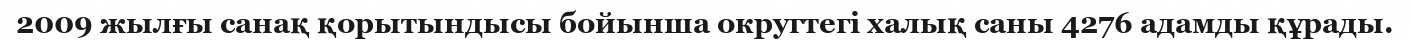
2009 жылғы санақ қорытындысы бойынша округтегі халық саны 4276 адамды құрады.